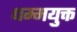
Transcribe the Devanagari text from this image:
धम्मयुक्त